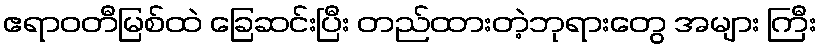
ဧရာဝတီမြစ်ထဲ ခြေဆင်းပြီး တည်ထားတဲ့ဘုရားတွေ အများ ကြီး